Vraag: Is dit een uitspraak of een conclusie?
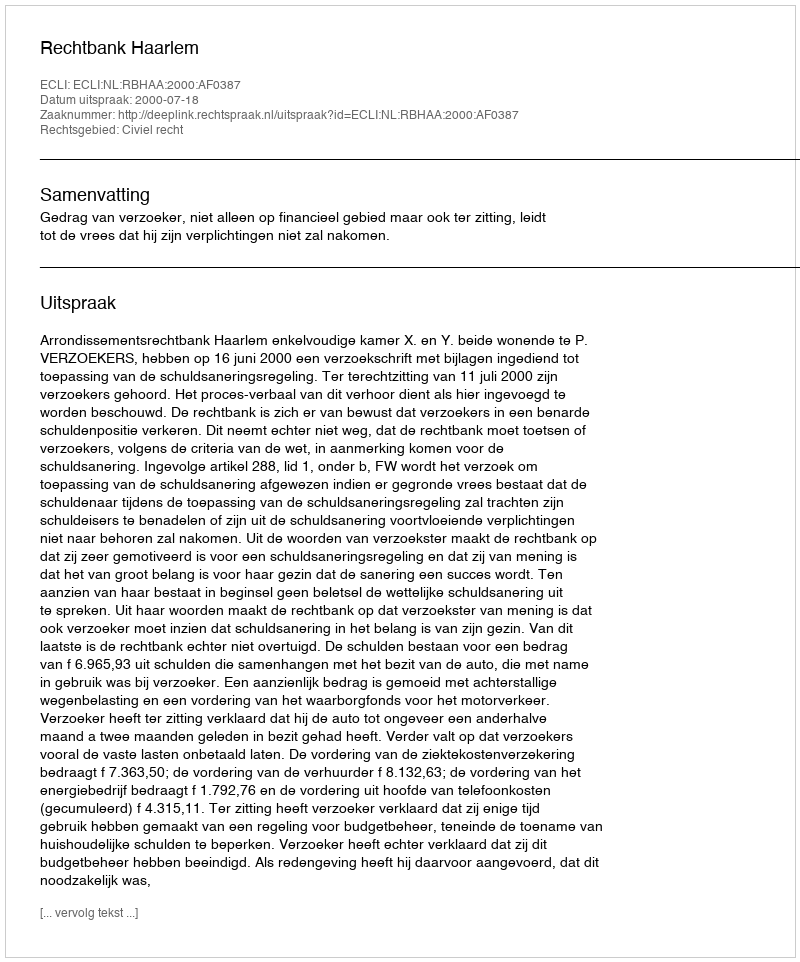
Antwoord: Uitspraak